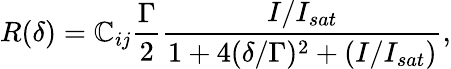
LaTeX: R(\delta)=\mathbb{C}_{ij}\frac{{\Gamma}}{{2}}\frac{{I/I_{sat}}}{{1+4(\delta/\Gamma)^{2}+(I/I_{sat})}},